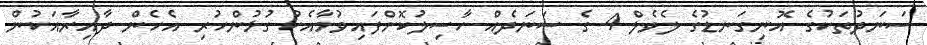
ސަނަދުތަކުގެ އޮނިގަނޑުގެ ލެވެލް 4 ގެ ސަނަދެއް ހާސިލުކޮށްފައިވުމާއެކު ގުޅުންހުރި އެހެން ދާއިރާއަކުން